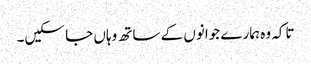
تاکہ وہ ہمارے جوانوں کے ساتھ وہاں جا سکیں۔